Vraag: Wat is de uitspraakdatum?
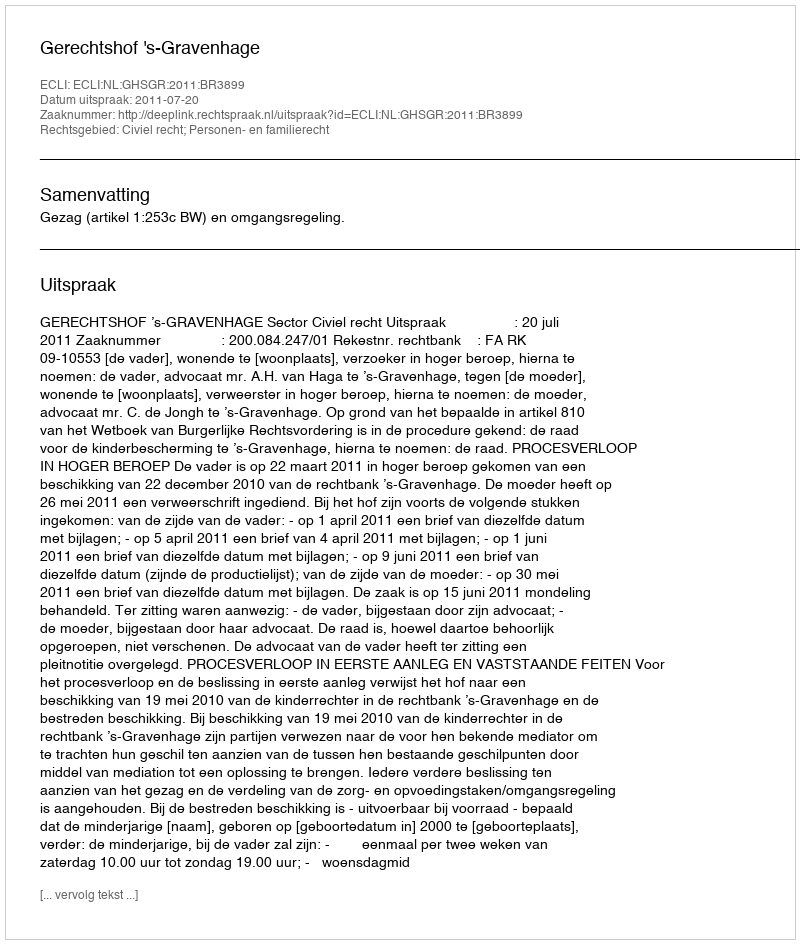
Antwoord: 2011-07-20